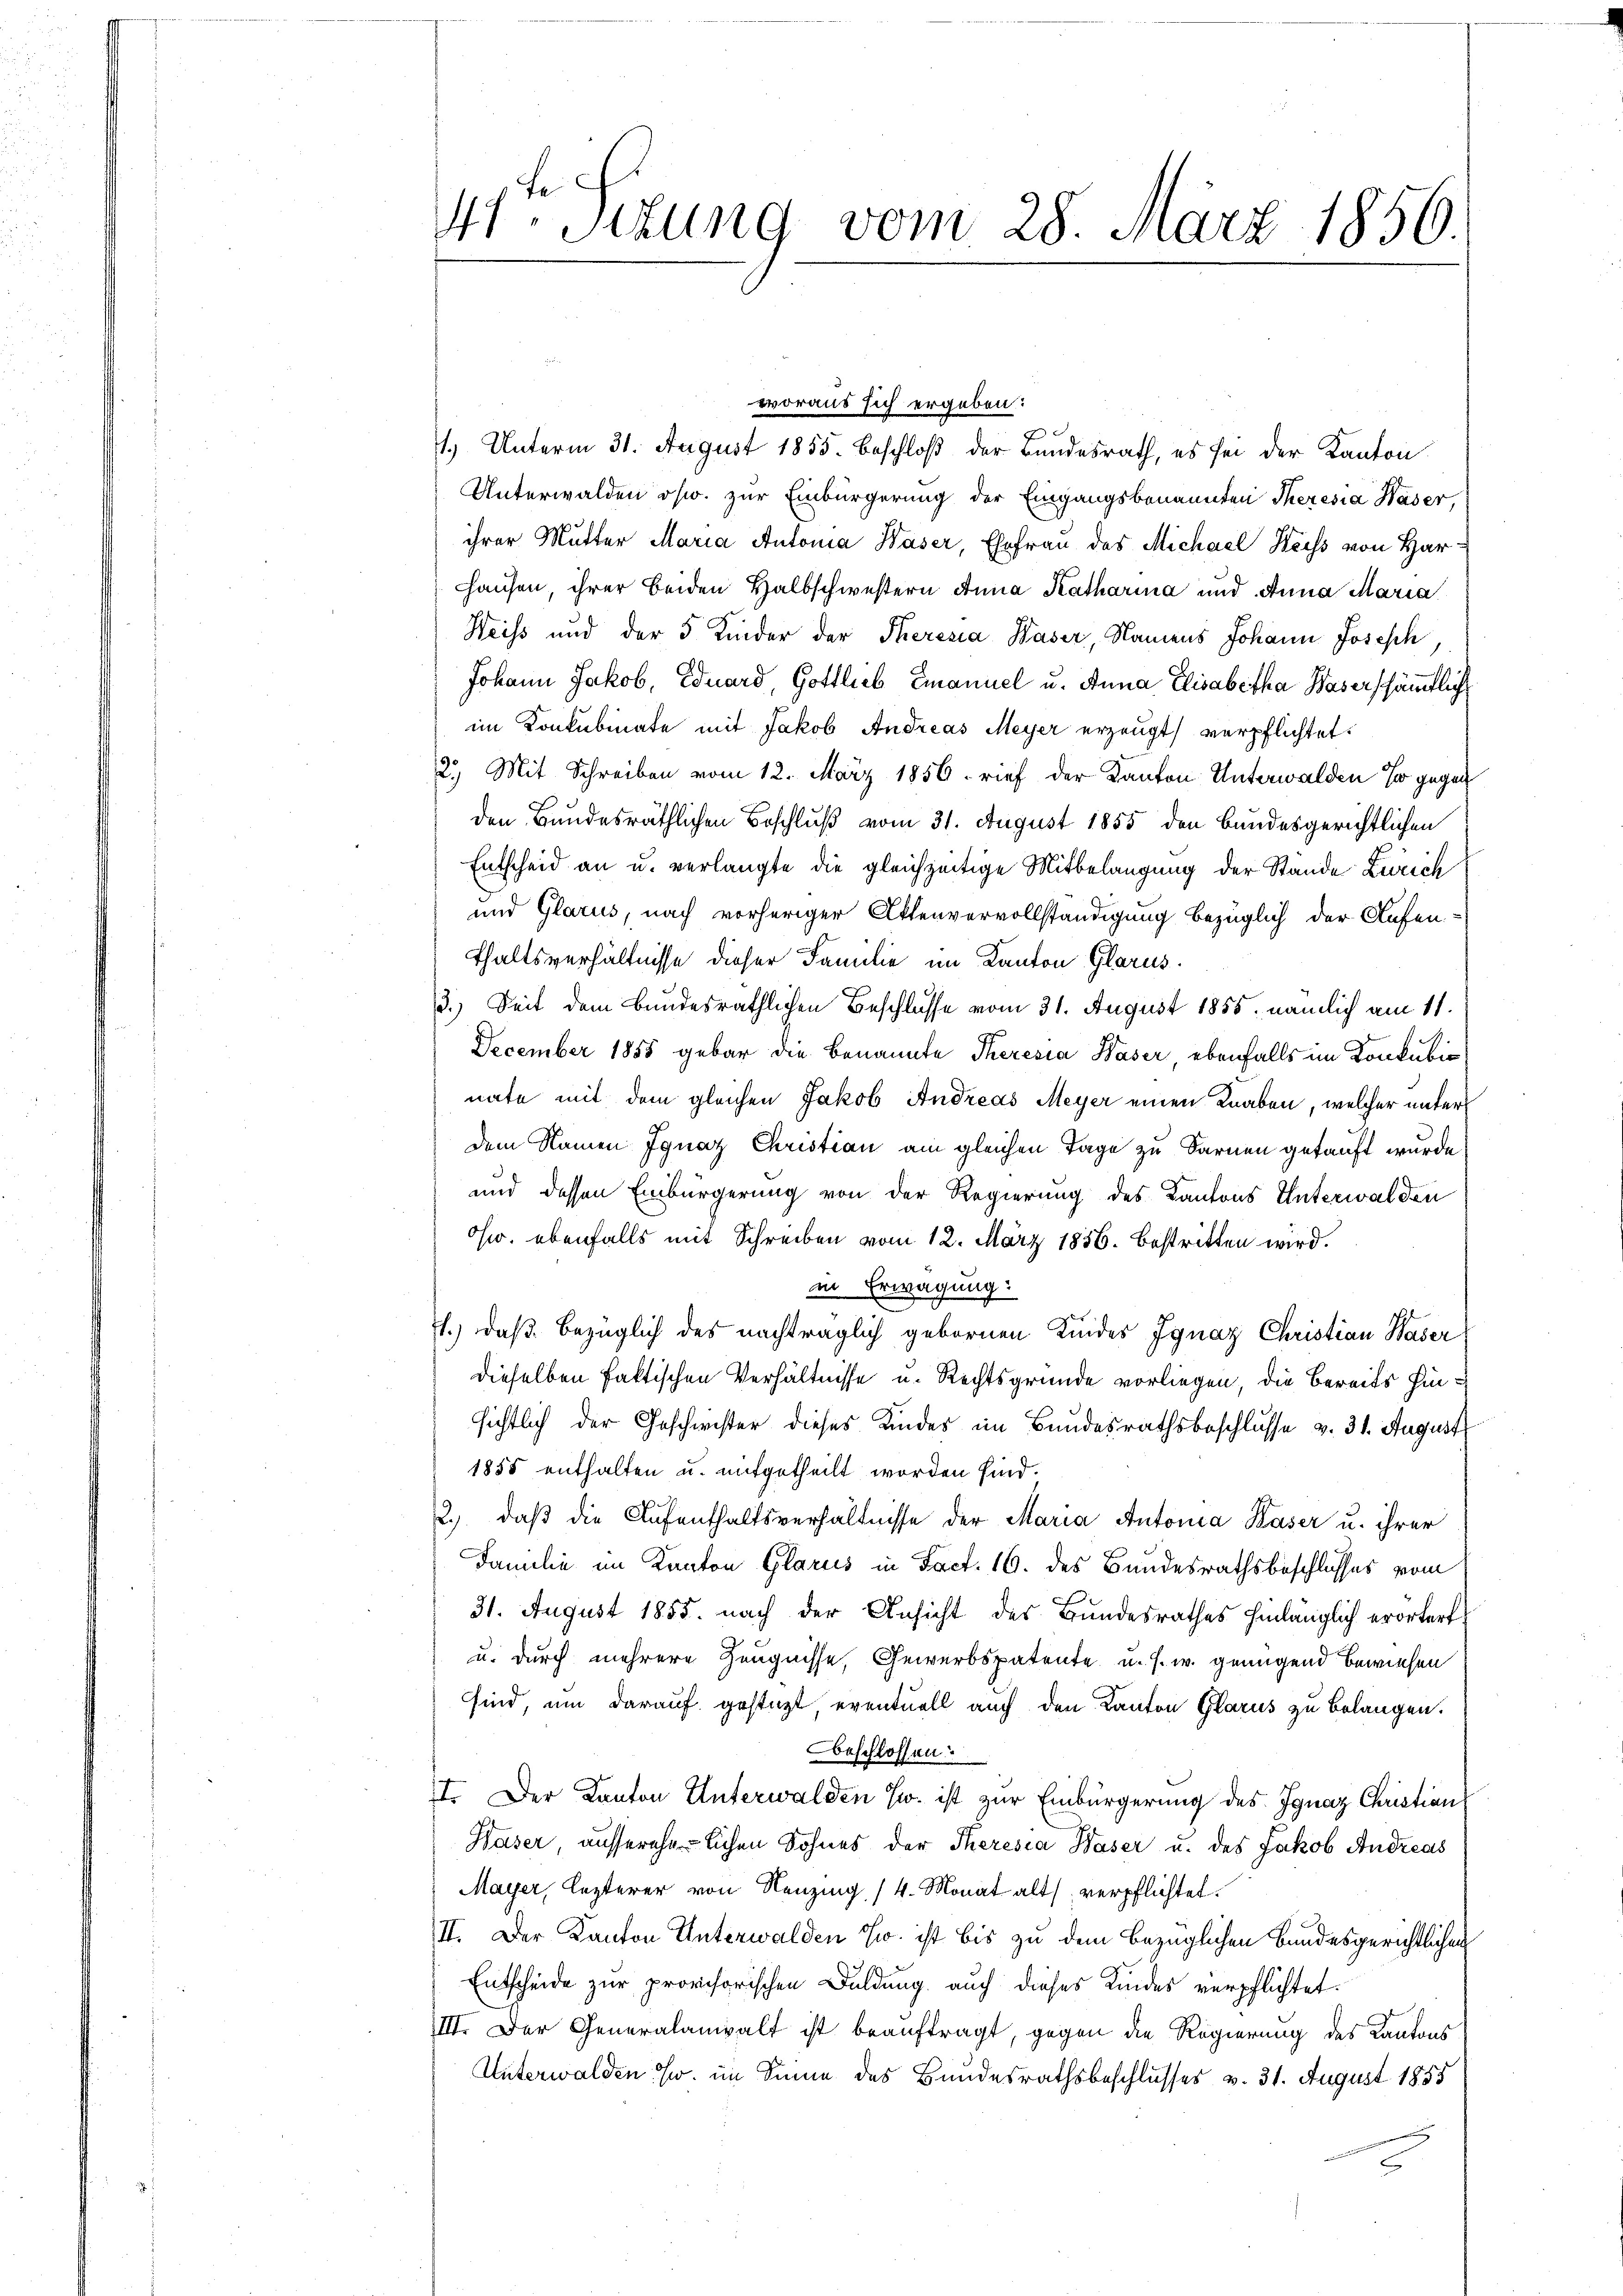
41ten Sizung vom 28. März 1850.

woraus sich ergeben:
f
1.) Unterm 31. August 1855. Beschloß der Bundesrath, es sei der Kanton
Unterwalden osw. zur Einbürgerung der Eingangsbenannten Theresia Häser,
ihrer Mutter Maria Antonia Waser, Ehefrau des Michael Keiss von Har¬
Hausen, ihrer beiden Halbschwestern Anna Katharina und Anna Maria
Weiss und der 5 Kinder der Theresia Kaser, Namens Johann Josesch
Johann Jakob, Eduard, Gottlieb Emanuel u. Anna Elisabetha Wasers sämmtliche
im Konkubinate mit Jakob Andreas Meyer erzeugt, verpflichtet.
2.) Mit Schreiben vom 12. März 1856. rief der Kanton Unterwalden so gegen
den Bundesräthlichen Beschluß vom 31. August 1855 den Bundesgerichtlichen
Entscheid an u. verlangte die gleichzeitige Mitbelangung der Stande Zürich
und Glarus, nach vorheriger Aktenvervollständigung bezüglich der Aufen.
thaltsverhältnisse dieser Familie im Kanton Glarus.
3.) Seit dem Bundesräthlichen Beschlusse vom 31. August 1855, nämlich am 11.
December 1858 gebar die benannte Theresia Waser, ebenfalls im Konkulinate mit dem gleichen Jakob Andreas Meyer einen Knaben, welcher unter
dem Namen Ignaz Christian am gleichen Tage zu Sarnen getauft wurde.
und dessen Einbürgerung von der Regierung des Kantons Unterwalden
Osw. ebenfalls mit Schreiben vom 12. März 1856. bestritten wird.
in Erwägung:
1.) daß bezüglich des nachträglich gebornen Kindes Ignaz Christian Waser
dieselben faktischen Verhältnisse u. Rechtsgründe vorliegen, die bereits hinsichtlich der Geschwister dieses Kindes im Bundesrathsbeschlusse v. 31. August
1855 enthalten u. mitgetheilt worden sind.
2.) daß die Aufenthaltsverhältnisse der Maria Antonia Kaser u. ihrer
Familie im Kanton Glarus in Fact. 16. des Bundesrathsbeschlusses vom
31. August 1855 nach der Ansicht des Bundesrathes hinlänglich erörtert
u. durch mehrere Zeugnisse, Gewerbspatente u. s. w. genügend bewiesen
sind, um darauf gestützt eventuell auch den Kanton Glarus zu belangen.
beschlossen:
II. Der Kanton Unterwalden zw. ist zur Einbürgerung des Ignaz Christian
Häser, ausserehelichen Sohnes der Theresia Haser u. des Jakob Andreas
Mayer, lezterer von Neuzing (4. Monat alt verpflichtet.
II. Der Kanton Unterwalden Zw. ist bis zu dem bezüglichen Bundesgerichtlichen
Entscheide zur provisorischen Duldung auch dieses Kindes verpflichtet.
IIII. Der Generalanwalt ist beauftragt, gegen die Regierung des Kantons
Unterwalden usw. im Sinne des Bundesrathsbeschlusses v. 31. August 1885